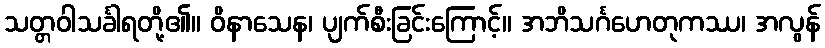
သတ္တဝါသင်္ခါရတို့၏။ ဝိနာသေန၊ ပျက်စီးခြင်းကြောင့်။ အဘိသင်္ဂဟေတုကဿ၊ အလွန်